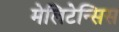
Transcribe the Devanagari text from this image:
मेलिटेन्सिस